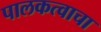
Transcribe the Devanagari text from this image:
पालकत्वाचा